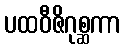
ပထဝီဇိဂုစ္ဆကာ